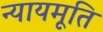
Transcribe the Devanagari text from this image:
न्यायमूति